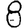
Digit: 8